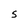
Character: S